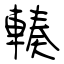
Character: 輳